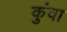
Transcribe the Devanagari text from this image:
कुंवा